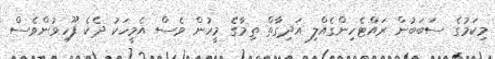
މިކަމުގެ ސަބަބުން ރައްޓެހިންގެއްލި އަދިގާތް ތިމާގެ މީހުން ވެސް އެމީހަކު ދެކެ ފޫހިވުންވެސް